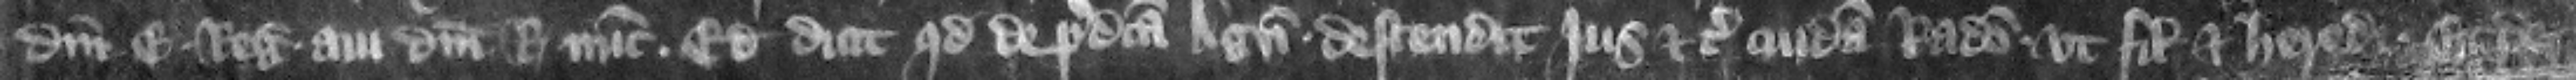
domini Edwardi regis aui domini regis nunc. Et dicit quod de predicta Agnete descendit jus etc. cuidam Radulfo vt filio et heredi et de